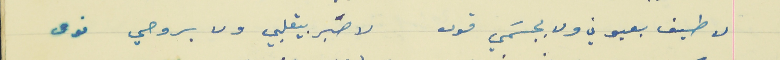
لا طيف بعيوني ولا بجسَمي قوى                           لا صَبر بيقلبي ولا بروحي نوى